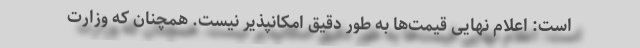
است: اعلام نهایی قیمت‌ها به طور دقیق امکانپذیر نیست. همچنان که وزارت